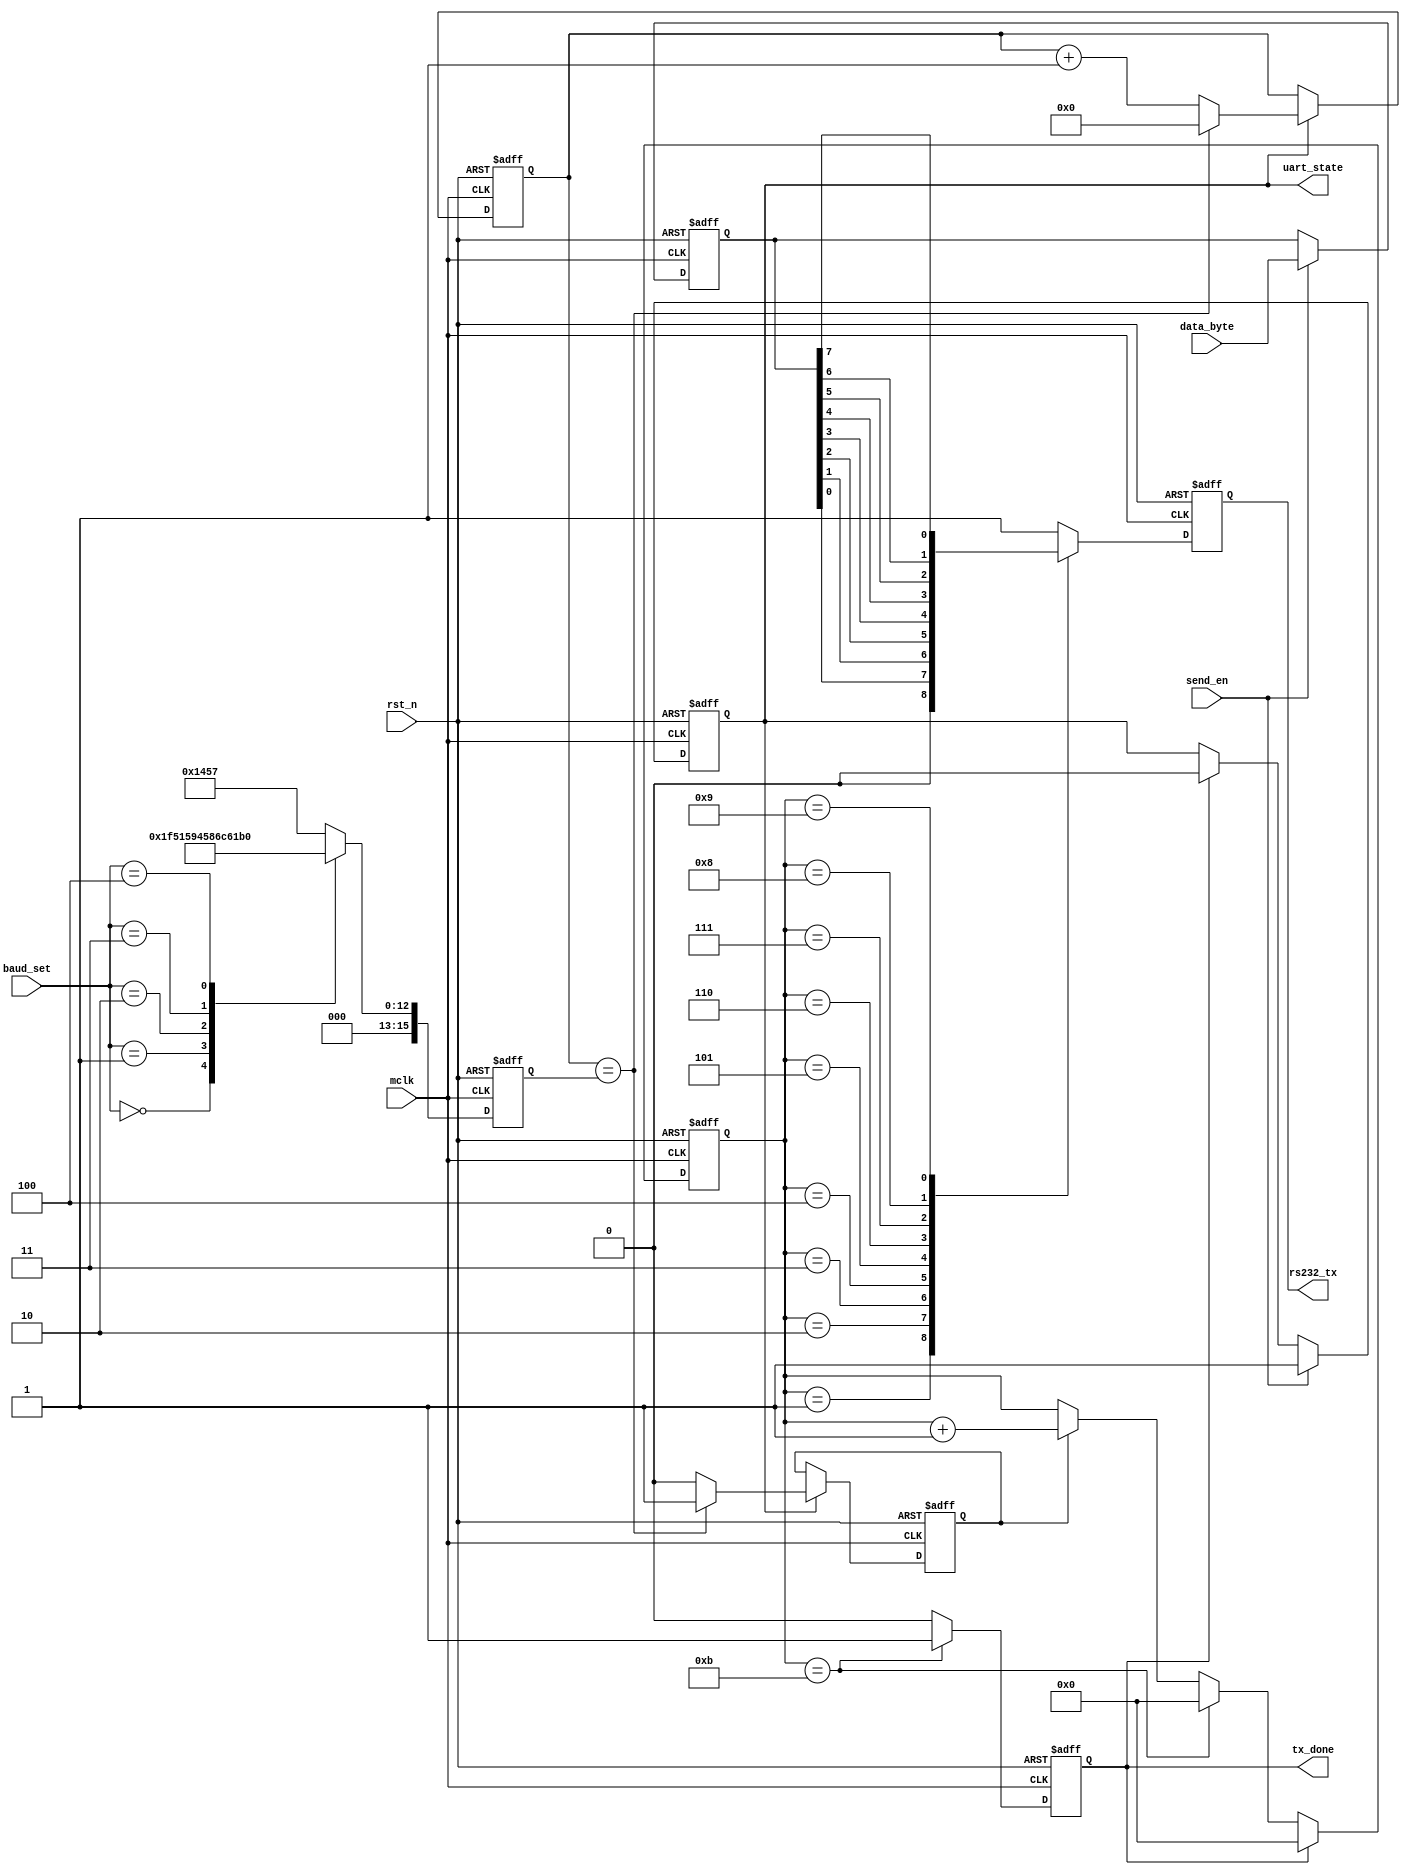
`timescale 1ns / 1ps
//////////////////////////////////////////////////////////////////////////////////
// Company: 
// 
// Design Name: 
// Module Name:    UART_Byte_Tx 
// Project Name: 
// Target Devices: 
// Tool versions: 
// Description: 
//
// Dependencies: 
//
// Revision: 
// Revision 0.01 - File Created
// Additional Comments: 
//
//////////////////////////////////////////////////////////////////////////////////
module UART_Byte_Tx(
	input 			mclk,
	input 			rst_n,	
	input 			send_en,//	
	input 	[3:0] 	baud_set,//	
	input 	[7:0] 	data_byte,//	
	output	 reg 	uart_state,//	
	output	 reg 	tx_done,//	
	output	 reg 	rs232_tx//   
 );

reg 	[15:0] 	bps_DR;//	 
reg 			bps_clk;//bps
reg 	[15:0] 	div_cnt;//
reg 	[3:0] 	bps_cnt;//bps
reg 	[7:0] 	r_data_byte;//
parameter 	START_BIT 	= 	0,//0
			STOP_BIT	= 	1;//1
		
//DR_LUT
always @(posedge mclk or negedge rst_n)begin
	if(!rst_n)
		bps_DR <= 16'b0;	
	else begin
		case(baud_set)
		//0: bps_DR <= 5207;//bps_9600
		0: bps_DR <= 31;//bps_9600 just test
		1: bps_DR <= 2603;//bps_19200
		2: bps_DR <= 1302;//bps_38400
		3: bps_DR <= 867;//bps_57600
		4: bps_DR <= 433;//bps_115200
		default: bps_DR <= 5207;//bps_9600
		endcase
	end
end

//bps_clk
always @(posedge mclk or negedge rst_n)begin
	if(!rst_n)begin
		bps_clk <= 1'b0;
		div_cnt <= 1'b0;
	end
	else if(uart_state)begin
		if(div_cnt == bps_DR) begin
			bps_clk <= 1;
			div_cnt <= 0;
		end
		else begin
			bps_clk <= 0;
			div_cnt <= div_cnt + 1;
		end
	end
end

//bps_cnt
always @(posedge mclk or negedge rst_n) begin
	if(!rst_n)
		bps_cnt <= 0;
	else if(tx_done)
		bps_cnt <= 0;
	else 
	begin
		if (bps_cnt == 11)
			bps_cnt <= 0;
		else if(bps_clk)
			bps_cnt <= bps_cnt + 1;
		else 
			bps_cnt <= bps_cnt;
	end
end

//
always @(posedge mclk or negedge rst_n)begin
	if(!rst_n)
		r_data_byte <= 8'b0;
	else if(send_en == 1)
		r_data_byte <= data_byte;
end

//
always @(posedge mclk or negedge rst_n)begin
	if(!rst_n)
		rs232_tx <= 0;
	else begin
		case(bps_cnt)
		0:rs232_tx <= 1;//1
		1:rs232_tx <= START_BIT;
		2:rs232_tx <= r_data_byte[0];
		3:rs232_tx <= r_data_byte[1];
		4:rs232_tx <= r_data_byte[2];
		5:rs232_tx <= r_data_byte[3];
		6:rs232_tx <= r_data_byte[4];
		7:rs232_tx <= r_data_byte[5];
		8:rs232_tx <= r_data_byte[6];
		9:rs232_tx <= r_data_byte[7];
		10:rs232_tx <= STOP_BIT;
		default:rs232_tx <= 1;
		endcase
	end
end

//tx_done
always @(posedge mclk or negedge rst_n)begin
	if(!rst_n)
		tx_done <= 0;
	else if(bps_cnt == 11)
		tx_done <= 1;
	else
		tx_done <= 0;
end

/* //-------------------------------------------------
//tx_done_cnt
parameter	TX_DONE_CNT 	=	16;
reg 	[11:0]	tx_done_cnt;
always @(posedge mclk or negedge rst_n)begin
	if(!rst_n)
		tx_done_cnt <= 'd0;
	else if(tx_done_cnt == TX_DONE_CNT - 1'b1)
		tx_done_cnt <= tx_done_cnt;
	else if(tx_done == 1'b1)
		tx_done_cnt <= tx_done_cnt + 1'b1;
	else 
		tx_done_cnt <= tx_done_cnt;
end */
	
//UART_state10
always @(posedge mclk or negedge rst_n)begin
	if(!rst_n)
		uart_state <= 0;
/* 	else if(tx_done_cnt == TX_DONE_CNT - 1'b1)
		uart_state <= 1'b0; */
	else if(send_en)
		uart_state <= 1;
	else if(tx_done)
		uart_state <= 0;
	else 
		uart_state <= uart_state;
end
			
endmodule